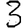
Digit: 3